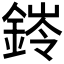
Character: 𮢊